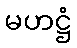
မဟဋ္ဌံ